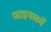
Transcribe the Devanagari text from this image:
फाइनलमें